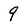
Character: 9